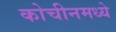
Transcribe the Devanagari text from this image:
कोचीनमध्ये